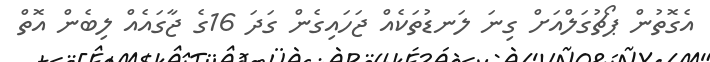
އެގޮތުން ޕޯޗުގަލްއަށް ގިނަ ލަނޑުތަކެއް ޖަހައިގެން ގަދަ 16ގެ ޖާގައެއް ލިބެން އޮތް